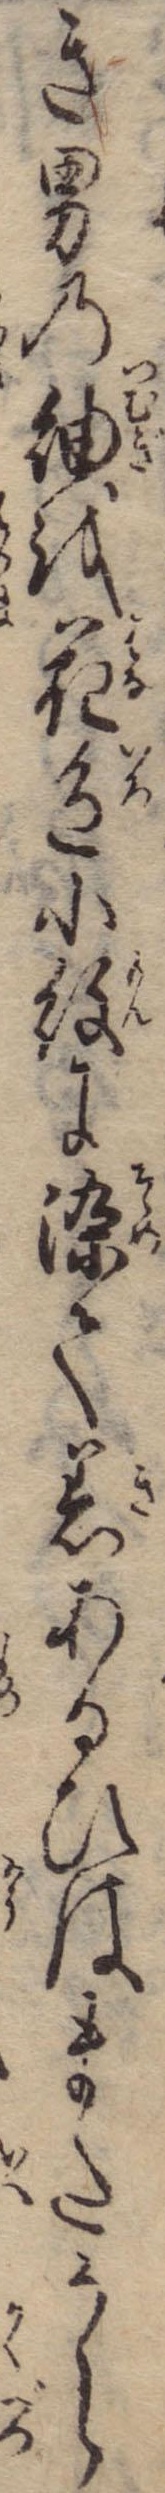
き男の紬を花色小紋に染て着あるひはまたうら